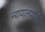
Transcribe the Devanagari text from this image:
न्यायालयांपैकी